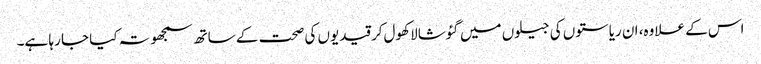
اس کے علاوہ، ان ریاستوں کی جیلوں میں گئوشالا کھول‌کر قیدیوں کی صحت کے ساتھ سمجھوتہ کیا جا رہا ہے۔